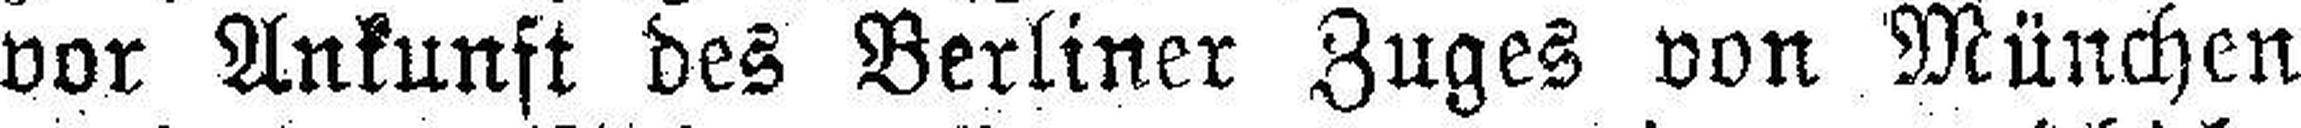
vor Ankunft des Berliner Zuges von München